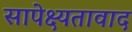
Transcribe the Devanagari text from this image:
सापेक्ष्यतावाद